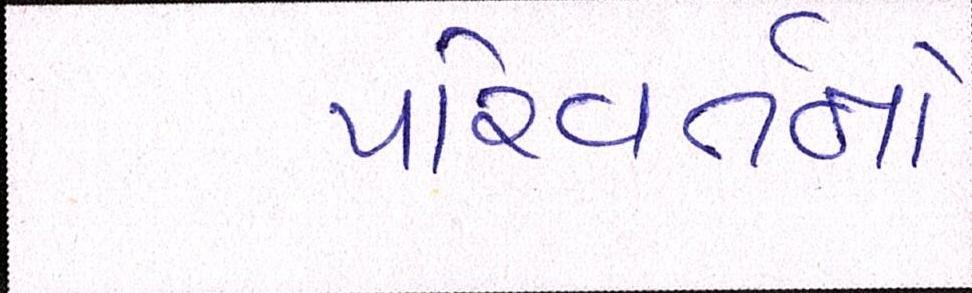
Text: પરિવર્તનો